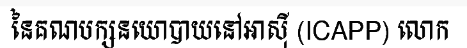
នៃគណបក្សនយោបាយនៅអាស៊ី (ICAPP) លោក